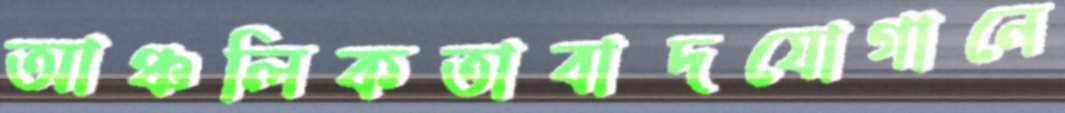
আঞ্চলিকতাবাদযোগানে